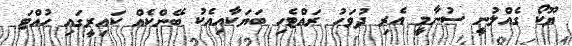
ޔޫކޯ ގެއްލުނީ ސުނާމީ އެރި ދުވަހު ރައްޓެހި ބަޔަކާއިއެކު ބޭންކެއް ކައިރީގައި ހުއްޓަ